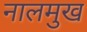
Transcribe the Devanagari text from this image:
नालमुख